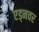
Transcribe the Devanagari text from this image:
एड्नवर